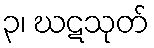
၃၊ ဃဋသုတ်